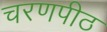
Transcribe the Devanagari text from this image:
चरणपीठ